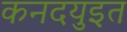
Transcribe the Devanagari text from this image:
कनदयुइत